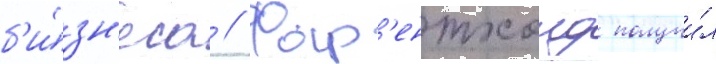
б'и́зн'еса // Фар'ентхолд получи́л